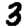
Digit: 3